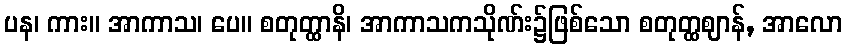
ပန၊ ကား။ အာကာသ၊ ပေ။ စတုတ္ထာနိ၊ အာကာသကသိုဏ်း၌ဖြစ်သော စတုတ္ထဈာန်, အာလော